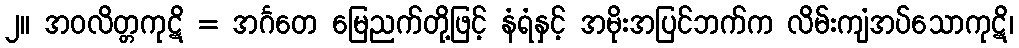
၂။ အဝလိတ္တကုဋိ = အင်္ဂတေ မြေညက်တို့ဖြင့် နံရံနှင့် အမိုးအပြင်ဘက်က လိမ်းကျံအပ်သောကုဋိ၊